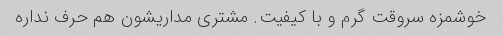
خوشمزه سروقت گرم و با کیفیت. مشتری مداریشون هم حرف نداره